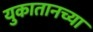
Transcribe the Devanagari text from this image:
युकातानच्या